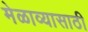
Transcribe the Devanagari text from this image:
मेळाव्यासाठी